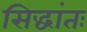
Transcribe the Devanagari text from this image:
सिद्धांतः